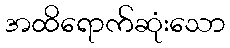
အထိရောက်ဆုံးသော